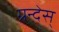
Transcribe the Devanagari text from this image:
ग्रन्देस्